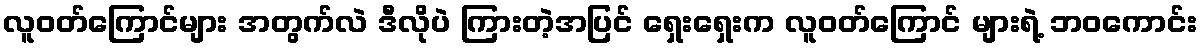
လူဝတ်ကြောင်များ အတွက်လဲ ဒီလိုပဲ ကြားတဲ့အပြင် ရှေးရှေးက လူဝတ်ကြောင် များရဲ့ ဘဝကောင်း